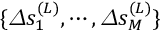
\{ \varDelta s _ { 1 } ^ { ( L ) } , \cdots , \varDelta s _ { M } ^ { ( L ) } \}